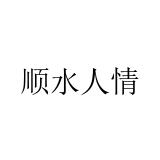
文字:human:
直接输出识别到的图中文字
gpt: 顺水人情